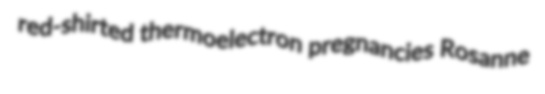
red-shirted thermoelectron pregnancies Rosanne